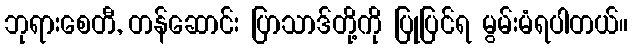
ဘုရားစေတီ, တန်ဆောင်း ပြာသာဒ်တို့ကို ပြုပြင်ရ မွမ်းမံရပါတယ်။